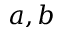
a , b